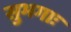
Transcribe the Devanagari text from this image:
सुभगाः